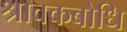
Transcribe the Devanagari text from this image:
श्रावकबोधि